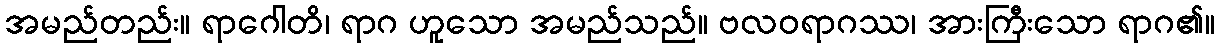
အမည်တည်း။ ရာဂေါတိ၊ ရာဂ ဟူသော အမည်သည်။ ဗလဝရာဂဿ၊ အားကြီးသော ရာဂ၏။